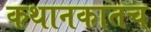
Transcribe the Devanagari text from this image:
कथानकातच